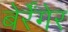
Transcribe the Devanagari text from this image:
बेर्रेंगेर